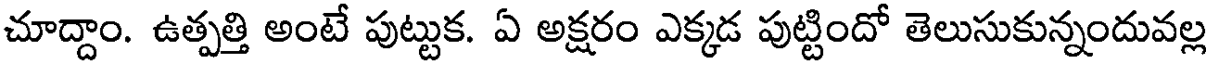
చూద్దాం. ఉత్పత్తి అంటే పుట్టుక. ఏ అక్షరం ఎక్కడ పుట్టిందో తెలుసుకున్నందువల్ల